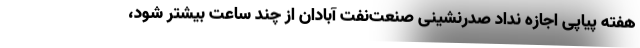
هفته پیاپی اجازه نداد صدرنشینی صنعت‌نفت آبادان از چند ساعت بیشتر شود،